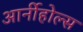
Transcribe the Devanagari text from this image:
आर्नीहोल्स